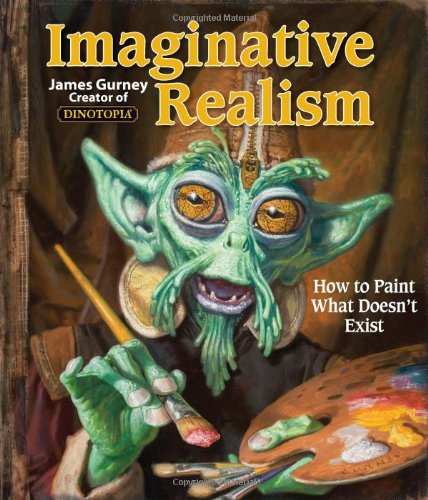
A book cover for Imaginative Realism: How to Paint What Doesn't Exist; James Gurney; Arts & Photography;